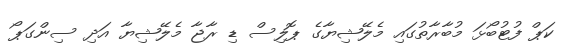
ކަޕް ފުޓުބޯޅަ މުބާރާތުގައި މެލޭޝިޔާގެ ޕޮލިސް ޑި ރާޖާ މެލޭޝިޔާ އަދި ސިންގަޕޯ